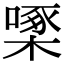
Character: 𪳓